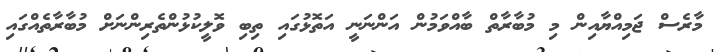
މާރެސް ޖަމިއްޔާއިން މި މުބާރާތް ބާއްވަމުން އަންނަނީ އަތޮޅުގައި ތިބި ވޮލީކުޅުންތެރިންނަށް މުބާރާތެއްގައި